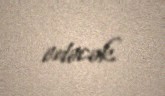
edəcək.